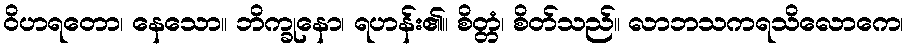
ဝိဟရတော၊ နေသော။ ဘိက္ခုနော၊ ရဟန်း၏။ စိတ္တံ၊ စိတ်သည်။ လာဘသကရသိလောကေ၊